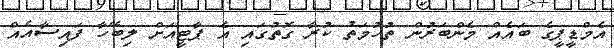
އެމްޑީޕީގެ ބައެއް މެންބަރުން ތުހުމަތު ކުރާ ގޮތުގައި އެ ޕާޓީއަށް ލިބޭހާ ފައިސާއެއް